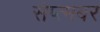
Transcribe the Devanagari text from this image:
सेप्त्मबर